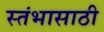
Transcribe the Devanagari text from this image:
स्तंभासाठी